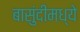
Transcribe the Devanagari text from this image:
बासुंदीमध्ये